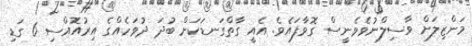
މަންޒިލަށް ވާސިލްނުވެވެނީސް ގޮވާފައެވެ. އެއީ ގާތްގަނޑަކަށް ބުދަ ދުވަހެއްގެ އިރުއޮއްސި 6 ގަޑި